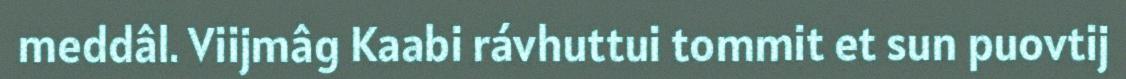
meddâl. Viijmâg Kaabi rávhuttui tommit et sun puovtij